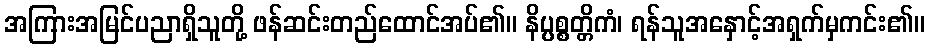
အကြားအမြင်ပညာရှိသူတို့ ဖန်ဆင်းတည်ထောင်အပ်၏။ နိပ္ပစ္စတ္တိကံ၊ ရန်သူအနှောင့်အရှက်မှကင်း၏။